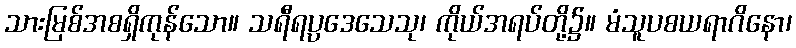
သားမြစ်အစရှိကုန်သော။ သရီရပ္ပဒေသေသု၊ ကိုယ်အရပ်တို့၌။ မံသူပစယရာဂိနော၊